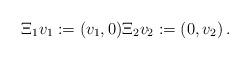
LaTeX: \begin{align*} \Xi_1 v_1 := (v_1,0) \Xi_2 v_2 := (0,v_2)\,.\end{align*}